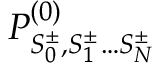
P _ { S _ { 0 } ^ { \pm } , S _ { 1 } ^ { \pm } \ldots S _ { N } ^ { \pm } } ^ { ( 0 ) }